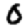
Digit: 0